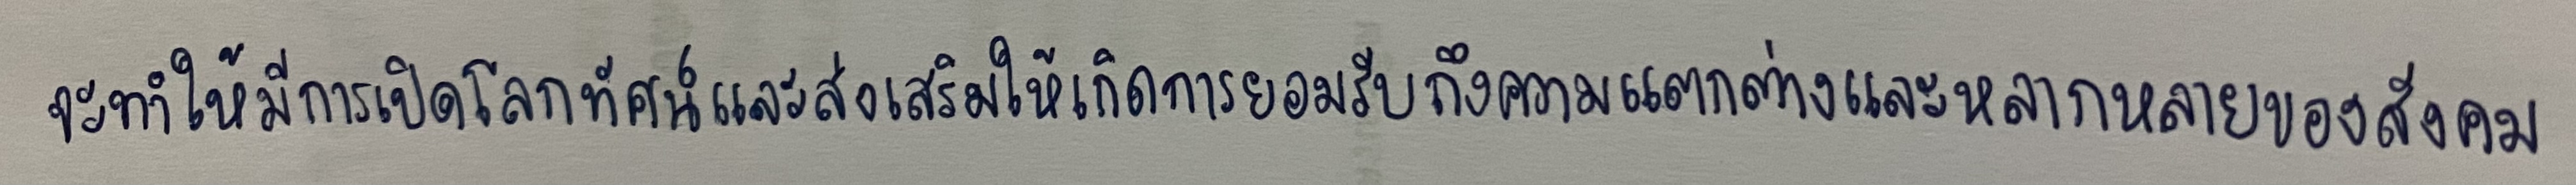
จะทำให้มีการเปิดโลกทัศน์และส่งเสริมให้เกิดการยอมรับถึงความแตกต่างและหลากหลายของสังคม